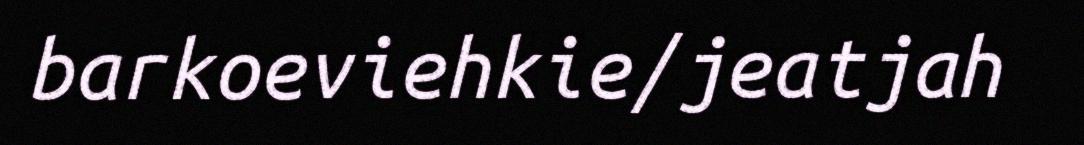
barkoeviehkie/jeatjah